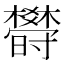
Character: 𣠈